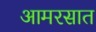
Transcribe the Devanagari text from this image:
आमरसात